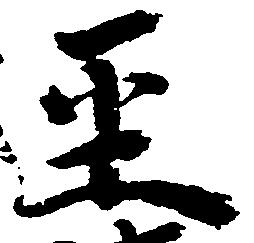
至